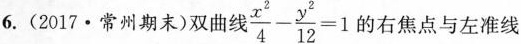
6.(2017·常州期末)双曲 $$\frac { x ^ { 2 } } { 4 } - \frac { y ^ { 2 } } { 1 2 } = 1$$ 的右焦点与左准线